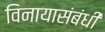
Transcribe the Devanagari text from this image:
विनायासंबंधी